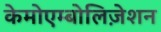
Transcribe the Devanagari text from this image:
केमोएम्बोलिज़ेशन